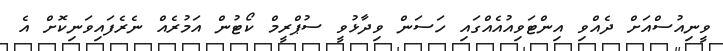
ވީނިއުސްއަށް ދެއްވި އިންޓަވިއުއެއްގައި ހަސަން ވިދާޅުވީ ސުޕްރީމް ކޯޓުން އަމުރެއް ނެރެފައިވަނިކޮށް އެ